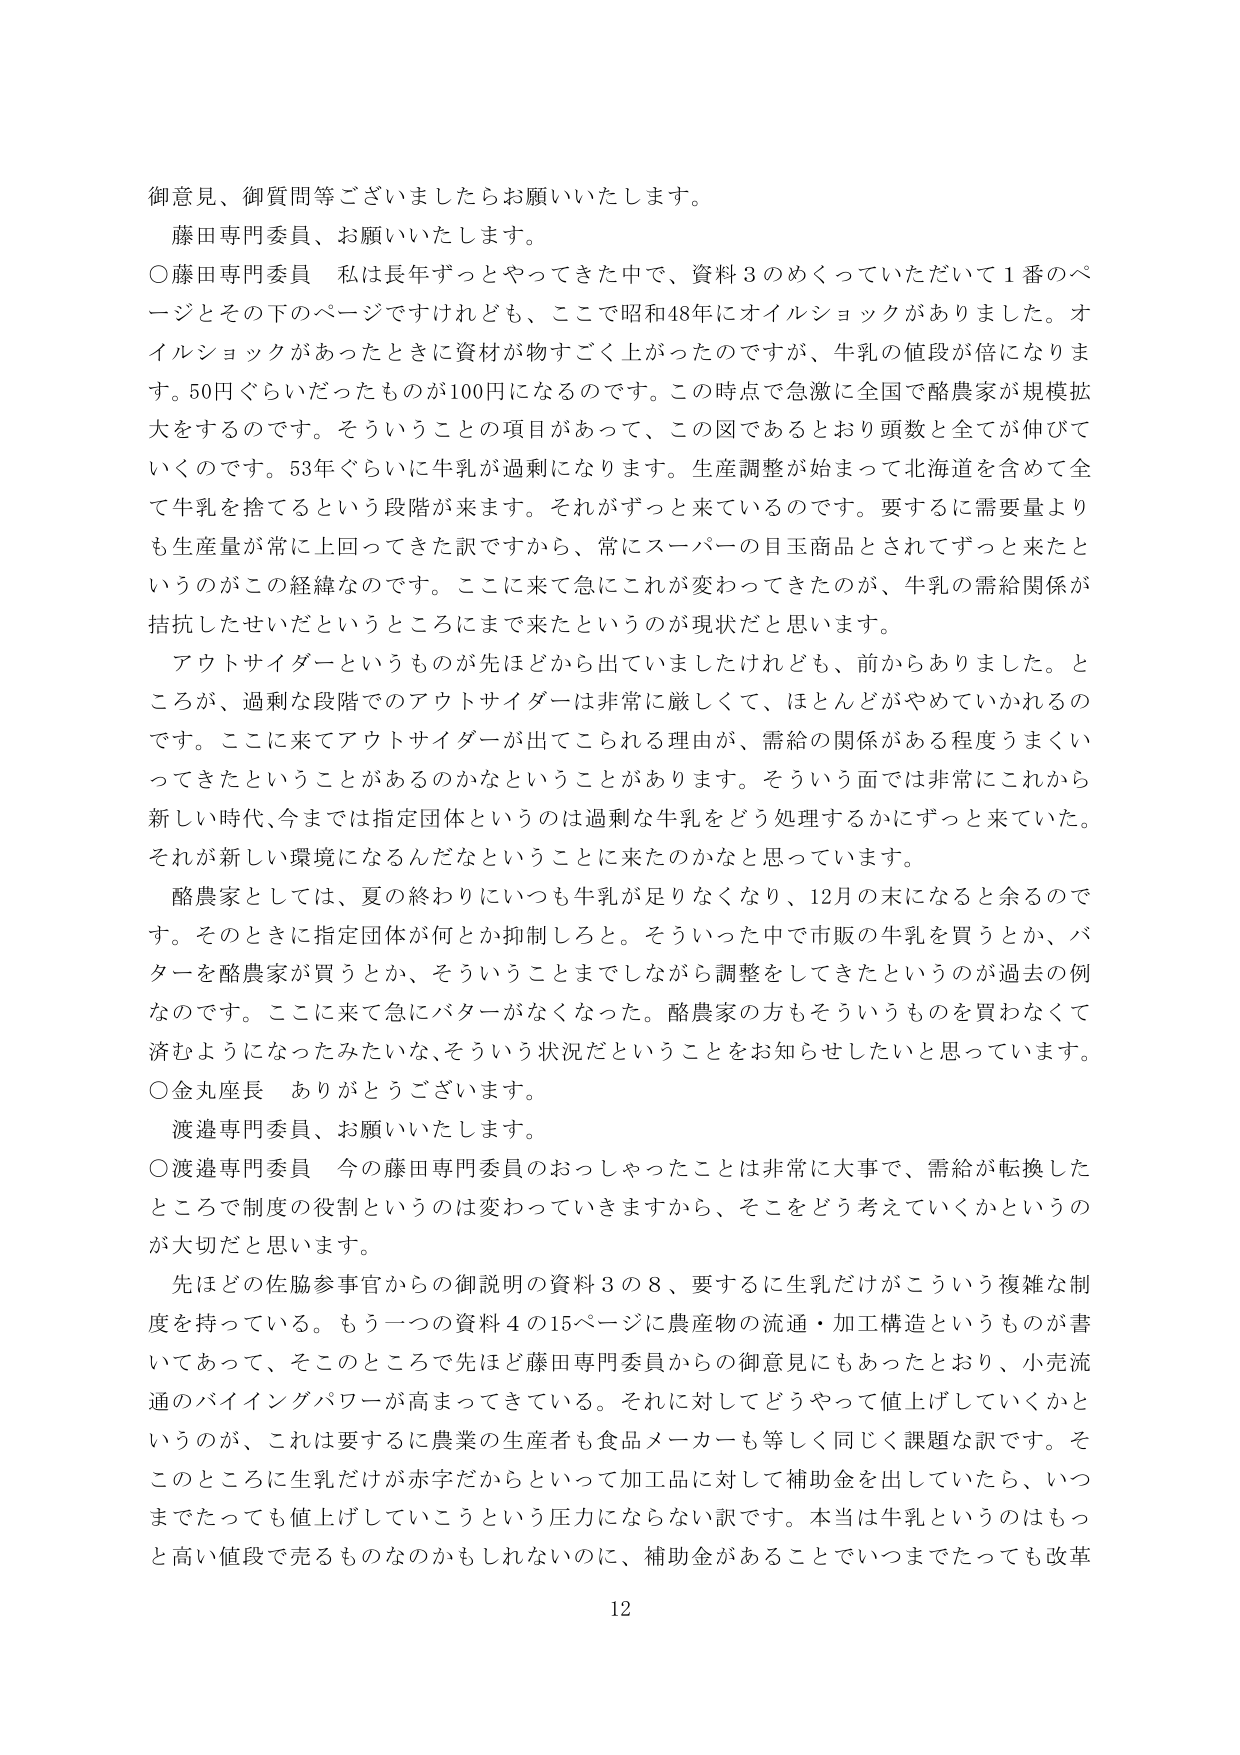
御意見、御質問等ございましたらお願いいたします。

藤田専門委員、お願いいたします。

○藤田専門委員　私は長年ずっとやってきた中で、資料３のめくっていただいて１番のページとその下のページですけれども、ここで昭和48年にオイルショックがありました。オイルショックがあったときに資材が物すごく上がったのですが、牛乳の値段が倍になります。50円ぐらいだったものが100円になるのです。この時点で急激に全国で酪農家が規模拡大をするのです。そういうことの項目があって、この図であるとおり頭数と全てが伸びていくのです。53年ぐらいに牛乳が過剰になります。生産調整が始まって北海道を含めて全て牛乳を捨てるという段階が来ます。それがずっと来ているのです。要するに需要量よりも生産量が常に上回ってきた訳ですから、常にスーパーの目玉商品とされてずっと来たというのがこの経緯なのです。ここに来て急にこれが変わってきたのが、牛乳の需給関係が拮抗したせいだというところにまで来たというのが現状だと思います。

アウトサイダーというものが先ほどから出ていましたけれども、前からありました。ところが、過剰な段階でのアウトサイダーは非常に厳しくて、ほとんどがやめていかれるのです。ここに来てアウトサイダーが出てこられる理由が、需給の関係がある程度うまくいってきたということがあるのかなということがあります。そういう面では非常にこれから新しい時代、今までは指定団体というのは過剰な牛乳をどう処理するかにずっと来ていた。それが新しい環境になるんだなということに来たのかなと思っています。

酪農家としては、夏の終わりにいつも牛乳が足りなくなり、12月の末になると余るのです。そのときに指定団体が何とか抑制しろと。そういった中で市販の牛乳を買うとか、バターを酪農家が買うとか、そういうことまでしながら調整をしてきたというのが過去の例なのです。ここに来て急にバターがなくなった。酪農家の方もそういうものを買わなくて済むようになったみたいな、そういう状況だということをお知らせしたいと思っています。

○金丸座長　ありがとうございます。

渡邉専門委員、お願いいたします。

○渡邉専門委員　今の藤田専門委員のおっしゃったことは非常に大事で、需給が転換したところで制度の役割というのは変わっていきますから、そこをどう考えていくかというのが大切だと思います。

先ほどの佐脇参事官からの御説明の資料３の８、要するに生乳だけがこういう複雑な制度を持っている。もう一つの資料４の15ページに農産物の流通・加工構造というものが書いてあって、そこのところで先ほど藤田専門委員からの御意見にもあったとおり、小売流通のバイイングパワーが高まってきている。それに対してどうやって値上げしていくかというのが、これは要するに農業の生産者も食品メーカーも等しく同じく課題な訳です。そこのところに生乳だけが赤字だからといって加工品に対して補助金を出していたら、いつまでたっても値上げしていこうという圧力にならない訳です。本当は牛乳というのはもっと高い値段で売るものなのかもしれないのに、補助金があることでいつまでたっても改革

12